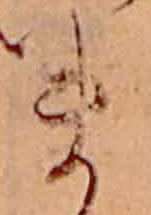
ま